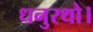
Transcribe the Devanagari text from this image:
धनुरथो।